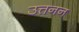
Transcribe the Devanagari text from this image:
उत्तनन